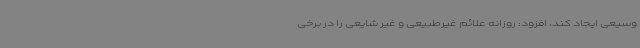
وسیعی ایجاد کند، افزود: روزانه علائم غیرطبیعی و غیر شایعی را در برخی